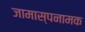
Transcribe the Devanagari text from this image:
जामास्पनामक